Civil Veterinary Dept. Bombay admin report 1907-1913 - 1907-1913
Year: 1907
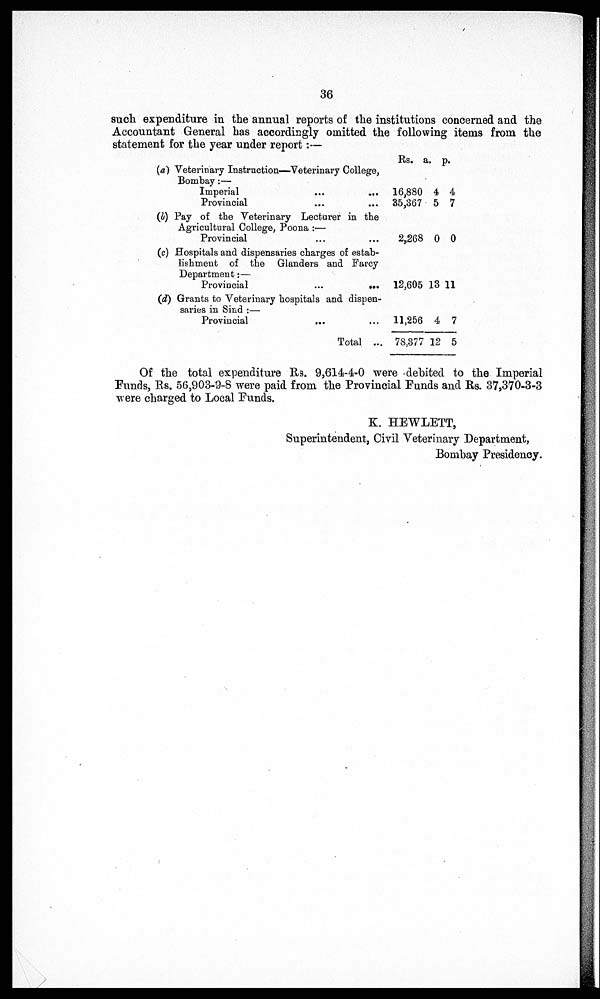
36
such expenditure in the annual reports of the institutions concerned and the
Accountant General has accordingly omitted the following items from the
statement for the year under report:—
(a) Veterinary Instruction—Veterinary College,
Bombay:—
Imperial
...
...
Provincial ... ...
(b) Pay of the Veterinary Lecturer in the
Agricultural College, Poona :—
Provincial ... ...
(c) Hospitals and dispensaries charges of estab-
lishment of the Glanders and Farcy
Department:—
Provincial
...
...
(d) Grants to Veterinary hospitals and dispen-
saries in Sind :—
Provincial ... ...
Total ...
Rs.
16,880
35,367
2,268
12,605
11,256
78,377
a.
4
5
0
13
4
12
p.
4
7
0
11
7
5
Of the total expenditure R3. 9,614-4-0 were debited to the Imperial
Funds, Rs. 56,903-9-8 were paid from the Provincial Funds and Rs. 37,370-3-3
were charged to Local Funds.
K. HEWLETT,
Superintendent, Civil Veterinary Department.
Bombay Presidency.